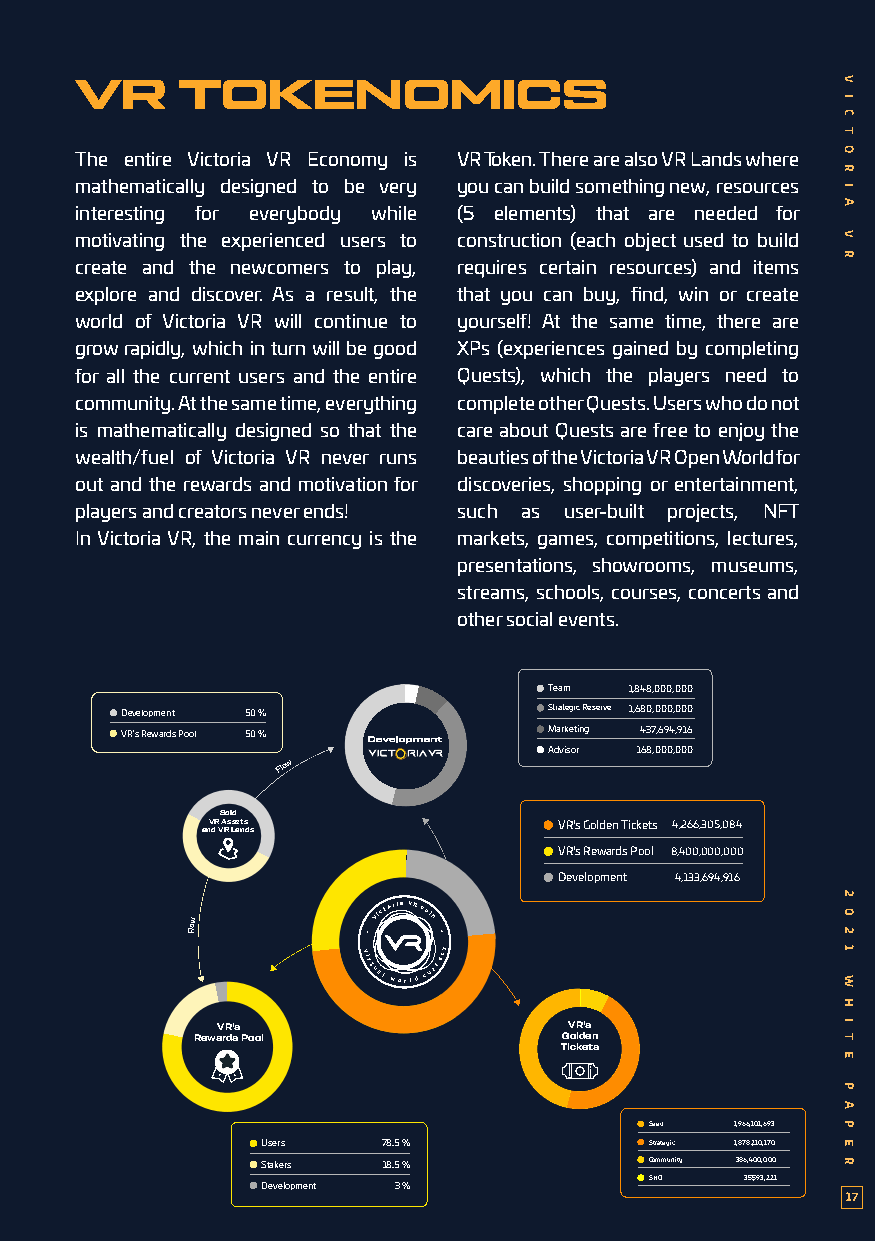
VR     TOKENOMICS
 The entire Victoria VR Economy is VR Token. There are also VR Lands where
 mathematically designed to be very you can build something new, resources
 interesting for everybody while (5 elements) that are needed for
 motivating the experienced users to construction (each object used to build
 create and the newcomers to play, requires certain resources) and items
 explore and discover. As a result, the that you can buy, find, win or create
 world of Victoria VR will continue to yourself! At the same time, there are
 grow rapidly, which in turn will be good XPs (experiences gained by completing
 for all the current users and the entire Quests), which the players need to
 community. At the same time, everything complete other Quests. Users who do not
 is mathematically designed so that the care about Quests are free to enjoy the
 wealth/fuel of Victoria VR never runs beauties of the Victoria VR Open World for
 out and the rewards and motivation for discoveries, shopping or entertainment,
 players and creators never ends! such as user-built projects, NFT
 In Victoria VR, the main currency is the markets, games, competitions, lectures,
 presentations, showrooms, museums,
 streams, schools, courses, concerts and
 other social events.
 Team  1,848,000,000
 Development 50 %            Strategic Reserve 1,680,000,000
 VR's Rewards Pool 50 %      Marketing 437,694,916
 Advisor 168,000,000
 Flow
 Sold
 anV dR V A Rs s Laet ns ds VR's Golden Tickets 4,266,305,084
 VR's Rewards Pool 8,400,000,000
 Development 4,133,694,916
 w
 Victoria VR coin
 Flo
 v
 •
 irtual
 world
 curre•
 c y
 VR's                    VR's
 Rewards Pool            Golden
 Tickets
 Seed  1,966,101,693
 Users   78.5 %            Strategic 1,878,210,170
 Stakers 18.5 %            Community 386,400,000
 SHO   35,593,221
 Development 3 %
 17
 V
 I
 C
 T
 O
 R
 I
 A
 V
 R
 2
 0
 2
 1
 W
 H
 I
 T
 E
 P
 A
 P
 E
 R